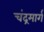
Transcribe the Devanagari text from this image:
चंद्रमार्ग